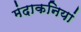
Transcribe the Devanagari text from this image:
मंदाकनियां